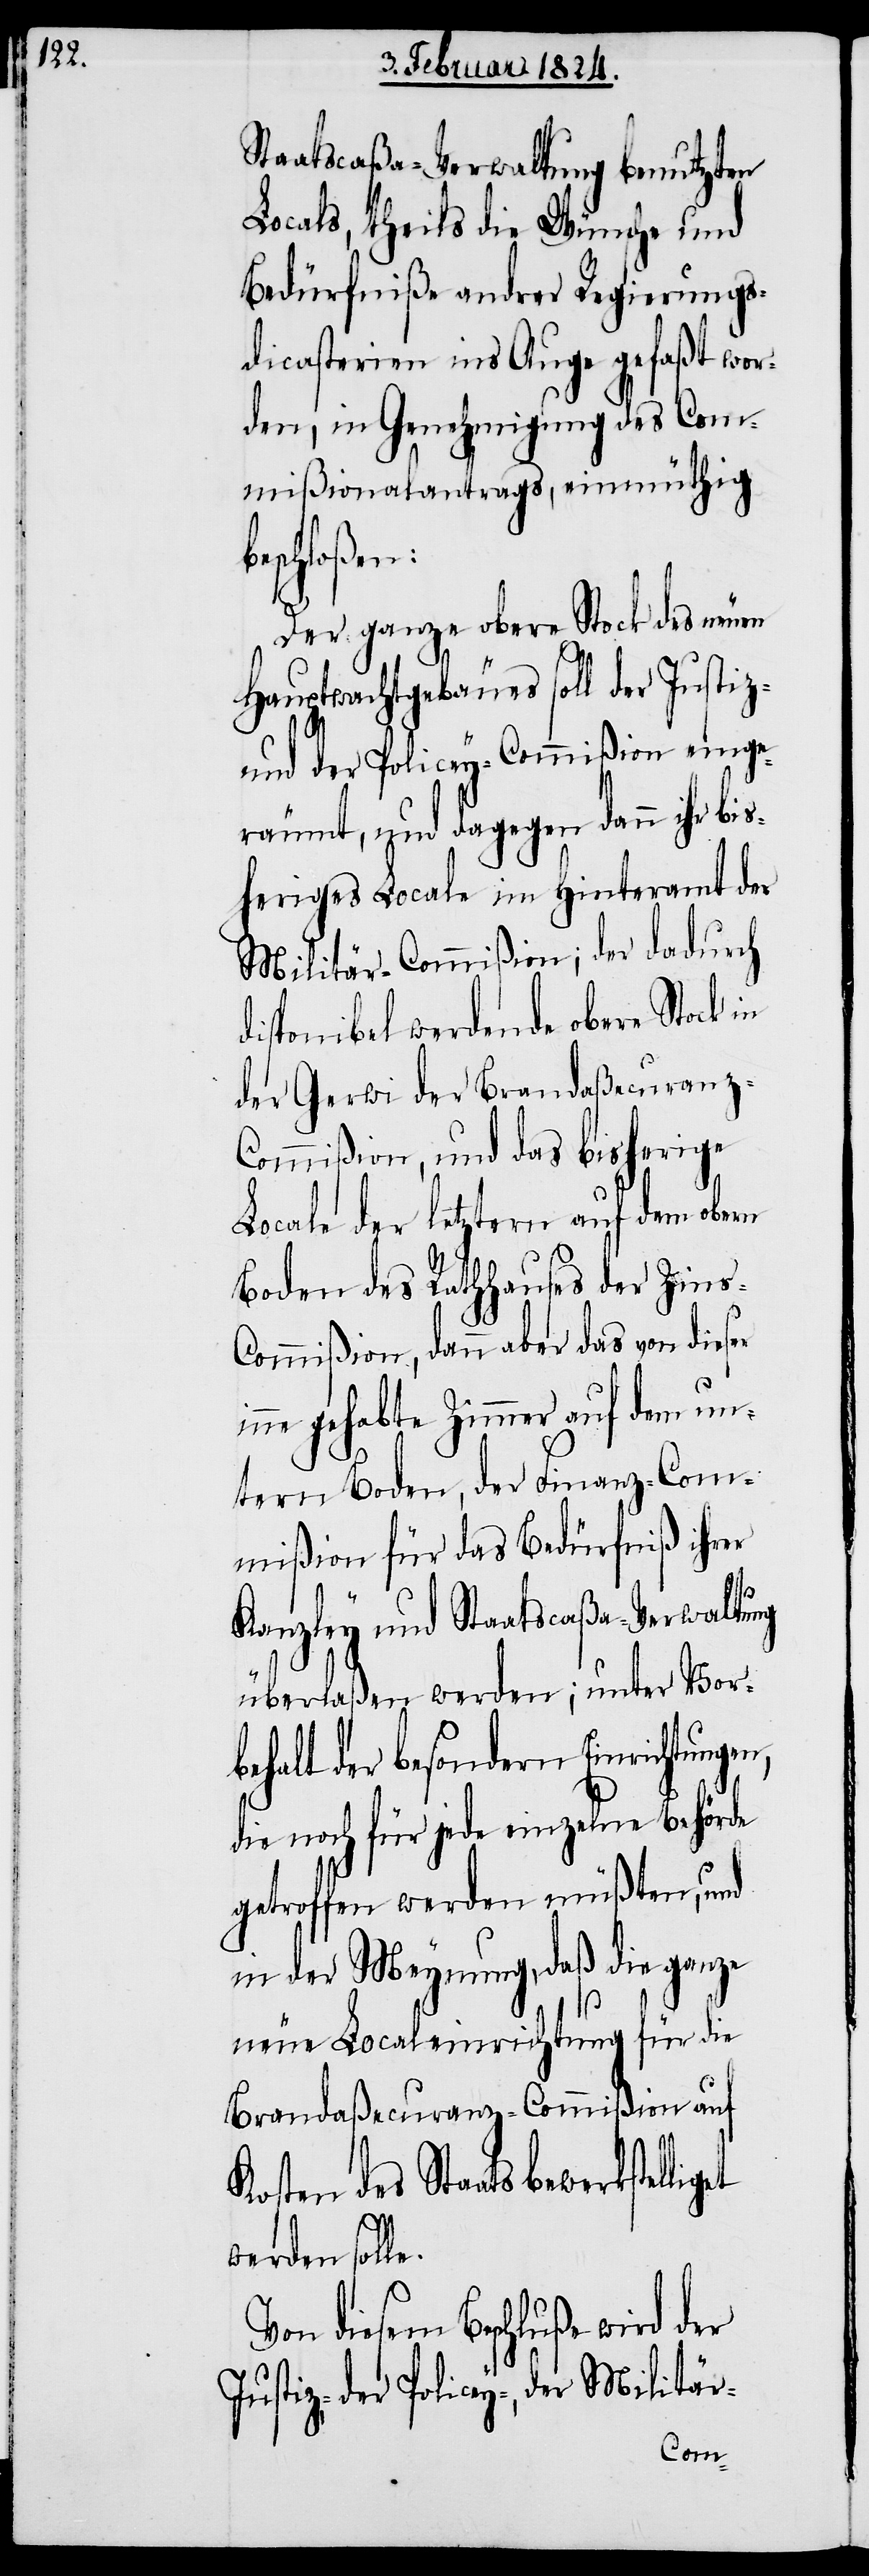
Staatscaßa-Verwaltung benutzten
Locals, theils die Wünsche und
Bedürfniße andrer Regierungs¬
dicasterien ins Auge gefaßt wor¬
den, in Genehmigung des Com¬
mißionalantrags, einmüthig b¬
eschloßen:
Der ganze obere Stock des neuen
Hauptwachtgebäudes soll der Justiz-
und der Policey-Commißion einge¬
räumt, und dagegen dann ihr b¬
isheriges Locale im Hinteramt der
Militär-Commißion; der dadurch
disponibel werdende obere Stock in
der Gerwi der Brandaßecuranz-C¬
ommißion, und das bisherige
Locale der letztern auf dem obern
Boden des Rathhauses der Zins-C¬
ommißion, dann aber das von dieser
inne gehabte Zimmer auf dem un¬
tern Boden, der Finanz-Com¬
mißion für das Bedürfniß ihrer
Kanzley und Staatscaßa-Verwaltung
überlaßen werden; unter Vor¬
behalt der besondern Einrichtungen,
die noch für jede einzelne Behörde
getroffen werden müßten, und
in der Meynung, daß die ganze
neue Localeinrichtung für die
Brandaßecuranz-Commißion auf
Kosten des Staates
werden solle.
Von diesem Beschluße wird der
Justiz-, der Policey-, der Militär-